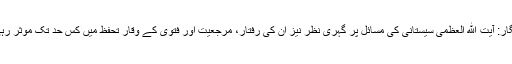
نامہ نگار: آیت الله العظمی سیستانی کی مسائل پر گہری نظر نیز ان کی رفتار، مرجعیت اور فتوی کے وقار تحفظ میں کس حد تک موثر رہی ہے؟